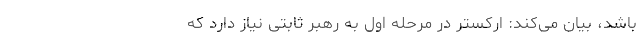
باشد، بیان می‌کند: ارکستر در مرحله اول به رهبر ثابتی نیاز دارد که